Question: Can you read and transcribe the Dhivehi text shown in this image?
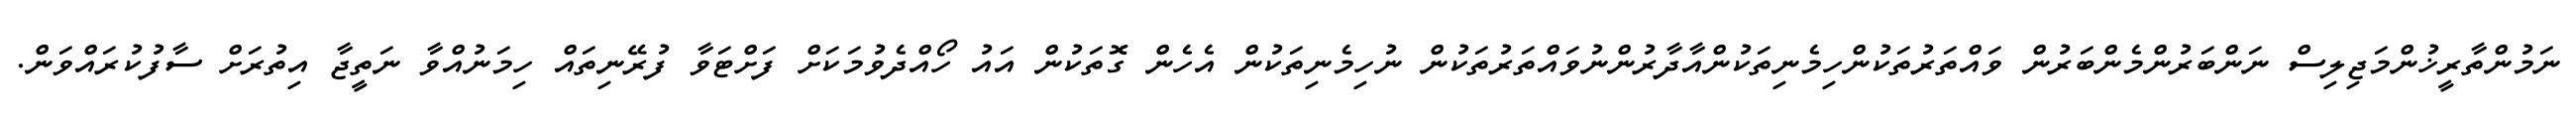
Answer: ނަމުންތާރީޚުންމަޖިލިސް ނަންބަރުންމެންބަރުން ވައްތަރުތަކުންހިމެނިތަކުންއާދާރުންނުވައްތަރުތަކުން ނުހިމެނިތަކުން އެހެން ގޮތަކުން އައު ހޯއްދެވުމަކަށް ފަށްޓަވާ ފުރޭނިތައް ހިމަނުއްވާ ނަތީޖާ އިތުރަށް ސާފުކުރައްވަން.